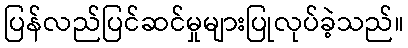
ပြန်လည်ပြင်ဆင်မှုများပြုလုပ်ခဲ့သည်။